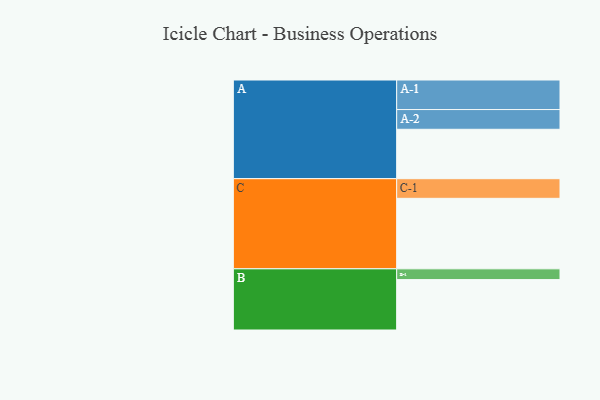
{"axis": {"x": "Segment", "y": "Value"}, "legend": ["", "A", "B", "C"], "data": [{"x": "A", "y": 403, "type": ""}, {"x": "B", "y": 411, "type": ""}, {"x": "C", "y": 575, "type": ""}, {"x": "A-1", "y": 241, "type": "A"}, {"x": "A-2", "y": 161, "type": "A"}, {"x": "B-1", "y": 88, "type": "B"}, {"x": "C-1", "y": 160, "type": "C"}]}